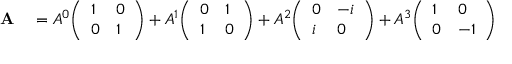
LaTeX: \begin{array} { r l } { \mathbf { A } } & { { } = A ^ { 0 } { \left( \begin{array} { l l } { 1 } & { 0 } \\ { 0 } & { 1 } \end{array} \right) } + A ^ { 1 } { \left( \begin{array} { l l } { 0 } & { 1 } \\ { 1 } & { 0 } \end{array} \right) } + A ^ { 2 } { \left( \begin{array} { l l } { 0 } & { - i } \\ { i } & { 0 } \end{array} \right) } + A ^ { 3 } { \left( \begin{array} { l l } { 1 } & { 0 } \\ { 0 } & { - 1 } \end{array} \right) } } \end{array}